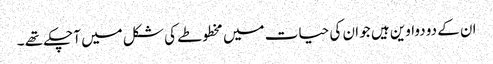
ان کے دو دواوین ہیں جو ان کی حیات میں مخطوطے کی شکل میں آچکے تھے ۔